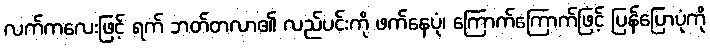
လက်ကလေးဖြင့် ရက် ဘတ်တလာ၏ လည်ပင်းကို ဖက်နေပုံ၊ ကြောက်ကြောက်ဖြင့် ပြန်ပြောပုံကို